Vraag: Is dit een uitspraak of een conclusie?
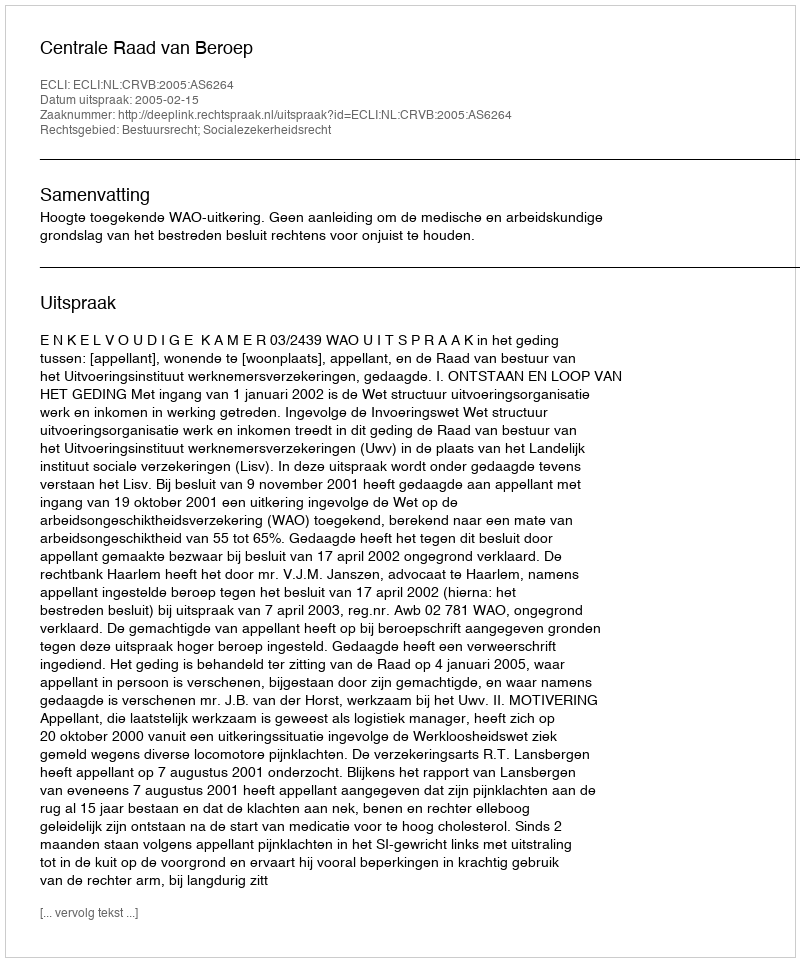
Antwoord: Uitspraak